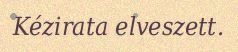
Kézirata elveszett.